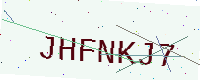
Text: JHFNKJ7